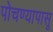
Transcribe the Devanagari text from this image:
पोचण्यापासू